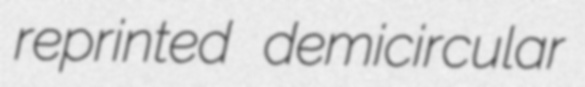
reprinted demicircular